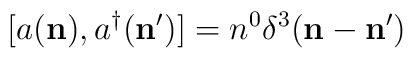
\lbrack a({\bf n}),a^{\dagger }({\bf n}^{\prime })]=n^{0}\delta ^{3}({\bf n}-{\bf n}^{\prime })